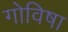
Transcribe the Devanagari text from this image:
गोविषा